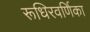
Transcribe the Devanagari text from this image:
रूधिरवर्णिका